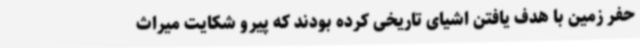
حفر زمین با هدف یافتن اشیای تاریخی کرده بودند که پیرو شکایت میراث